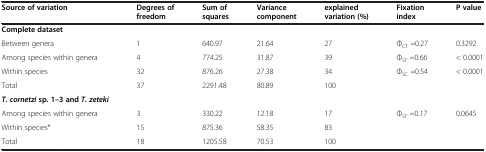
<table><thead><tr><td><b>Source of variation</b></td><td><b>Degrees of freedom</b></td><td><b>Sum of squares</b></td><td><b>Variance component</b></td><td><b>explained variation (%)</b></td><td><b>Fixation index</b></td><td><b>P value</b></td></tr></thead><tbody><tr><td><b>Complete dataset</b></td><td></td><td></td><td></td><td></td><td></td><td></td></tr><tr><td>Between genera</td><td>1</td><td>640.97</td><td>21.64</td><td>27</td><td>Φ<sub>CT</sub> =0.27</td><td>0.3292</td></tr><tr><td>Among species within genera</td><td>4</td><td>774.25</td><td>31.87</td><td>39</td><td>Φ<sub>ST</sub> =0.66</td><td>&lt; 0.0001</td></tr><tr><td>Within species</td><td>32</td><td>876.26</td><td>27.38</td><td>34</td><td>Φ<sub>SC</sub> =0.54</td><td>&lt; 0.0001</td></tr><tr><td>Total</td><td>37</td><td>2291.48</td><td>80.89</td><td>100</td><td></td><td></td></tr><tr><td><b><i>T. cornetzi</i></b><b>sp. 1–3 and</b><b><i>T. zeteki</i></b></td><td></td><td></td><td></td><td></td><td></td><td></td></tr><tr><td>Among species within genera</td><td>3</td><td>330.22</td><td>12.18</td><td>17</td><td>Φ<sub>ST</sub> =0.17</td><td>0.0645</td></tr><tr><td>Within species*</td><td>15</td><td>875.36</td><td>58.35</td><td>83</td><td></td><td></td></tr><tr><td>Total</td><td>18</td><td>1205.58</td><td>70.53</td><td>100</td><td></td><td></td></tr></tbody></table>